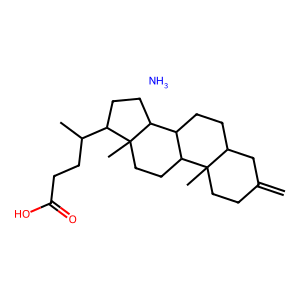
SMILES: C=C1CCC2(C)C(CCC3C2CCC2(C)C(C(C)CCC(=O)O)CCC32)C1.N
Inhibits HIV replication: No